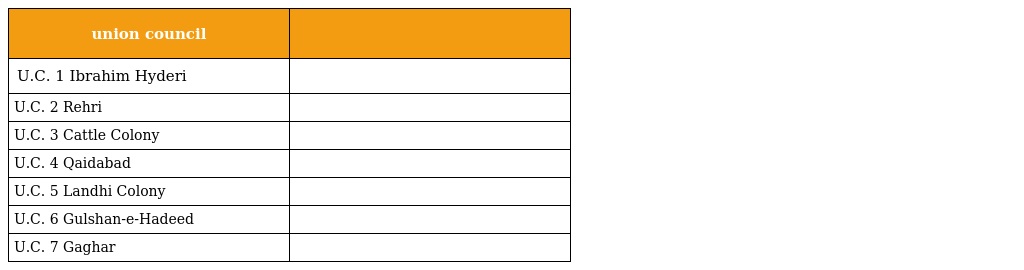
| union council |  |
 | --- | --- |
 | U.C. 1 Ibrahim Hyderi |  |
 | U.C. 2 Rehri |  |
 | U.C. 3 Cattle Colony |  |
 | U.C. 4 Qaidabad |  |
 | U.C. 5 Landhi Colony |  |
 | U.C. 6 Gulshan-e-Hadeed |  |
 | U.C. 7 Gaghar |  |